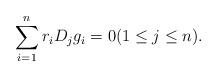
LaTeX: \begin{align*} \sum_{i=1}^n r_i D_j g_i = 0 (1 \le j \le n). \end{align*}